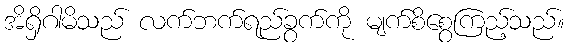
အိရှိဂါမိသည် လက်ဘက်ရည်ခွက်ကို မျက်စိစွေကြည့်သည်။